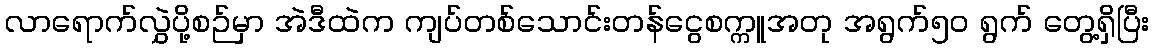
လာရောက်လွှဲပို့စဉ်မှာ အဲဒီထဲက ကျပ်တစ်သောင်းတန်ငွေစက္ကူအတု အရွက်၅ဝ ရွက် တွေ့ရှိပြီး